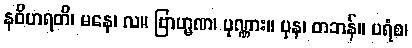
နဝိဟရတိ၊ မနေ၊ လ။ ဗြာဟ္မဏ၊ ပုဏ္ဏား။ ပုန၊ တဘန်။ ပရံစ၊